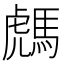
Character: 𩤌